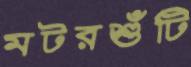
মটরশুঁটি